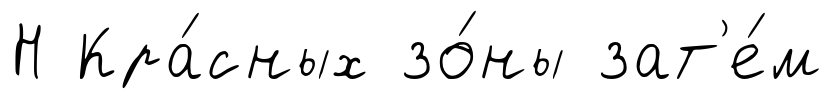
Н Кра́сных зо́ны зат'е́м